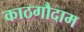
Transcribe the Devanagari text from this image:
काठगौदाम